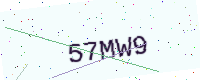
Text: 57MW9